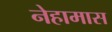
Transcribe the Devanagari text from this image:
नेहामास